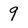
Character: 9